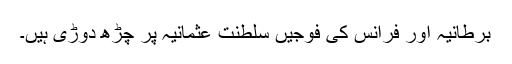
برطانیہ اور فرانس کی فوجیں سلطنت عثمانیہ پر چڑھ دوڑی ہیں۔